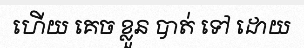
ហើយ គេច ខ្លួន បាត់ ទៅ ដោយ